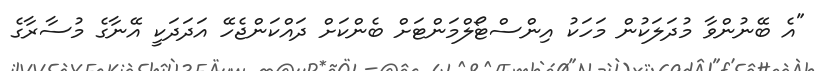
"އެ ބޭނުންވާ މުދަލަކުން މަހަކު އިންސްޓޯލްމަންޓަށް ބެންކަށް ދައްކަންޖެހޭ އަދަދަކީ އޭނާގެ މުސާރާގެ